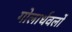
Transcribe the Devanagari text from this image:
गोलार्धवलों